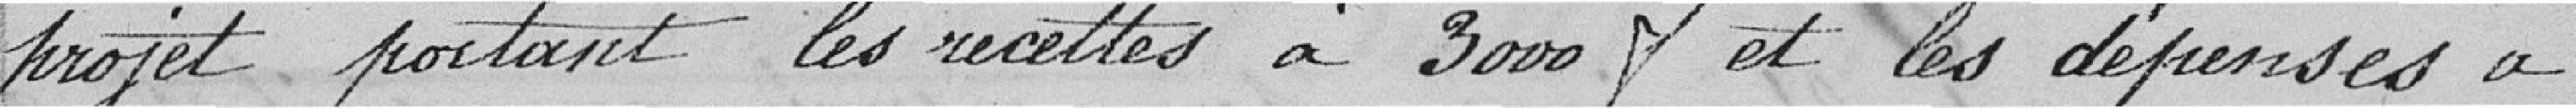
projet portant les recettes à 3000 francs et les dépenses à